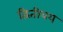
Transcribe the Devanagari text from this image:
द्वितीयय